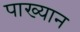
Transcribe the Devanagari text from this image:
पाख्यान